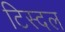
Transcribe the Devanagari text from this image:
टिस्दल